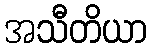
အသီတိယာ